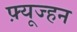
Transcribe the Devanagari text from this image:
फ़्यूज्हन